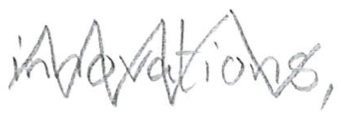
Text: innovations,
Cross-out: mix
Writing tool: pencil